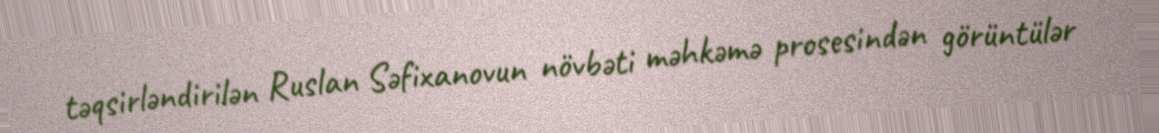
təqsirləndirilən Ruslan Səfixanovun növbəti məhkəmə prosesindən görüntülər